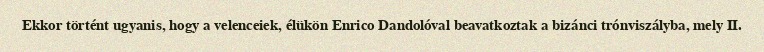
Ekkor történt ugyanis, hogy a velenceiek, élükön Enrico Dandolóval beavatkoztak a bizánci trónviszályba, mely II.